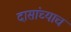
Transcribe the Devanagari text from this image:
दासांच्याच